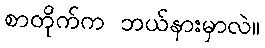
စာတိုက်က ဘယ်နားမှာလဲ။